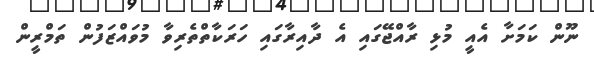
ނޫން ކަމަށާ އެއީ މުޅި ރާއްޖޭގައި އެ ދާއިރާގައި ހަރަކާތްތެރިވާ މުވައްޒަފުން ތަމްރީން